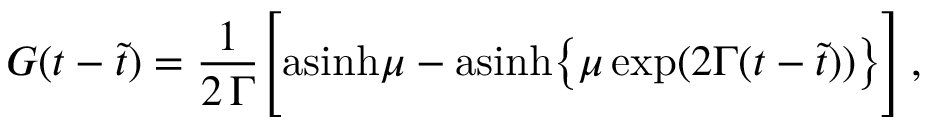
G ( t - \tilde { t } ) = { \frac { 1 } { 2 \, \Gamma } } \Bigg [ \mathrm { a s i n h } \mu - \mathrm { a s i n h } \big \{ \mu \, \mathrm { e x p } ( 2 \Gamma ( t - \tilde { t } ) ) \big \} \Bigg ] \, ,